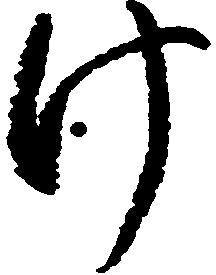
け